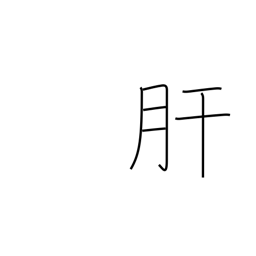
Meaning: pluck